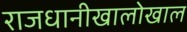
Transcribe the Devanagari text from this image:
राजधानीखालोखाल